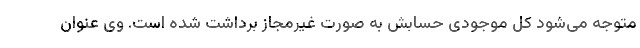
متوجه می‌شود کل موجودی حسابش به صورت غیرمجاز برداشت شده است. وی عنوان